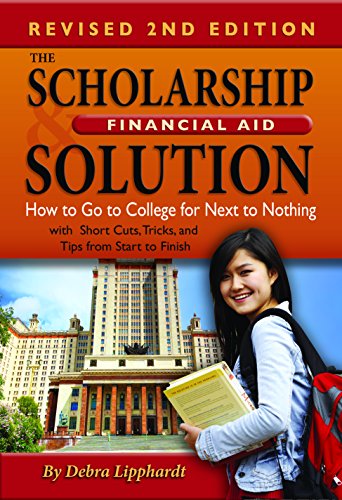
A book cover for The Scholarship & Financial Aid Solution: How to Go to College for Next to Nothing with Shortcuts, Tricks, and Tips from Start to Finish REVISED 2ND EDITION; Debra Lipphardt; Education & Teaching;